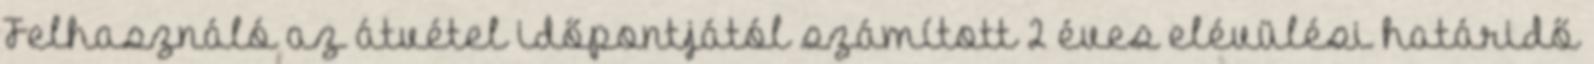
Felhasználó az átvétel időpontjától számított 2 éves elévülési határidő